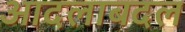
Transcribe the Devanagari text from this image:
आदलाबदल